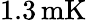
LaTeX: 1.3\, \mathrm{mK}